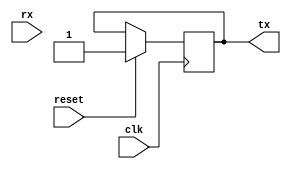
module uart_controller (
    input wire clk,
    input wire reset,
    input wire rx,
    output wire tx
);

// Timing control and synchronization blocks

// Sample rate adjustment
reg [7:0] sampled_data;
always @(posedge clk) begin
    if (reset) begin
        sampled_data <= 8'b00000000;
    end else begin
        sampled_data <= {sampled_data[6:0], rx};
    end
end

// Baud rate generation
reg [7:0] baud_counter;
reg baud_tick;
parameter BAUD_RATE = 9600;
assign tx = baud_tick;
always @(posedge clk) begin
    if (reset) begin
        baud_counter <= 8'b00000000;
        baud_tick <= 1'b1;
    end else begin
        baud_counter <= baud_counter + 1;
        if (baud_counter == BAUD_RATE/2 - 1) begin
            baud_tick <= 1'b0;
        end else if (baud_counter == BAUD_RATE - 1) begin
            baud_tick <= 1'b1;
            baud_counter <= 8'b00000000;
        end
    end
end

// Clock domain crossing
reg [7:0] rx_data;
reg [7:0] tx_data;
always @(posedge clk) begin
    if (reset) begin
        rx_data <= 8'b00000000;
        tx_data <= 8'b00000000;
    end else begin
        rx_data <= sampled_data;
        // Perform any necessary processing on rx_data
        // before crossing to system clock domain
        // and storing in tx_data
    end
end

// Bit synchronization, error detection/correction, FIFO buffers, etc.

endmodule